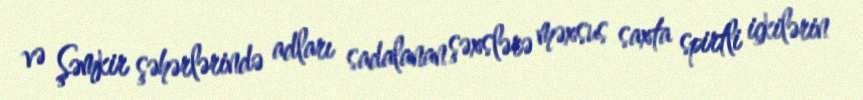
və Şəmkir şəhərlərində adları sadalanan şəxslərə məxsus saxta spirtli içkilərin